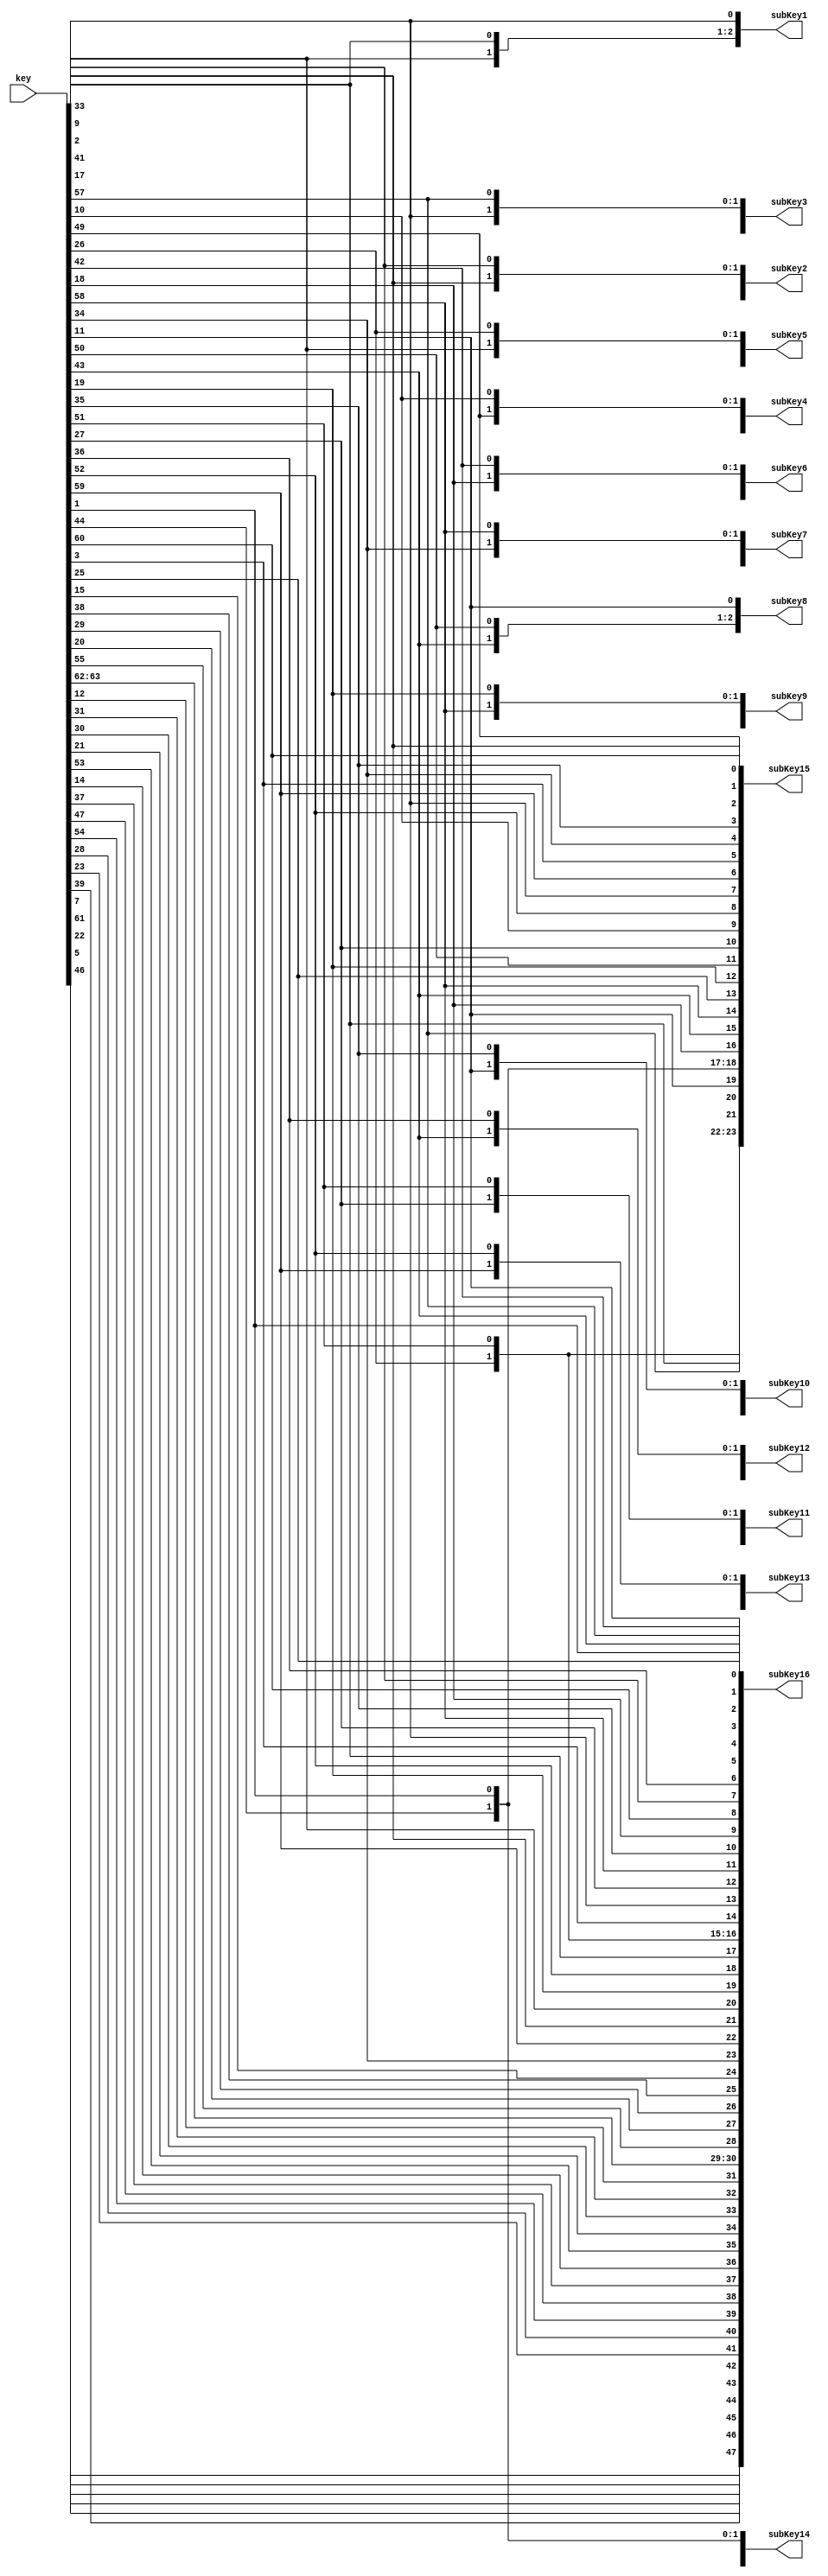
module keygen(	input [1:64] key,
				output [1:48] subKey1, subKey2, subKey3, subKey4,
							  subKey5, subKey6, subKey7, subKey8,
							  subKey9, subKey10, subKey11, subKey12,
							  subKey13, subKey14, subKey15, subKey16);
	
	wire [1:56] permKey;
	wire [1:56]	permKey1, permKey2, permKey3, permKey4,
				permKey5, permKey6, permKey7, permKey8,
				permKey9, permKey10, permKey11, permKey12,
				permKey13, permKey14, permKey15, permKey16;
				
	wire [1:28] permKeyLeft;
	wire [1:28]	permKeyLeft1, permKeyLeft2, permKeyLeft3, permKeyLeft4,
				permKeyLeft5, permKeyLeft6, permKeyLeft7, permKeyLeft8,
				permKeyLeft9, permKeyLeft10, permKeyLeft11, permKeyLeft12,
				permKeyLeft13, permKeyLeft14, permKeyLeft15, permKeyLeft16;
	
	wire [1:28] permKeyRight;
	wire [1:28]	permKeyRight1, permKeyRight2, permKeyRight3, permKeyRight4,
				permKeyRight5, permKeyRight6, permKeyRight7, permKeyRight8,
				permKeyRight9, permKeyRight10, permKeyRight11, permKeyRight12,
				permKeyRight13, permKeyRight14, permKeyRight15, permKeyRight16;
	
	// PC-1 for original permKey
	assign permKey[1] = key[57];
	assign permKey[2] = key[49];
	assign permKey[3] = key[41];
	assign permKey[4] = key[33];
	assign permKey[5] = key[25];
	assign permKey[6] = key[17];
	assign permKey[7] = key[9];
	assign permKey[8] = key[1];
	assign permKey[9] = key[58];
	assign permKey[10] = key[50];
	assign permKey[11] = key[42];
	assign permKey[12] = key[34];
	assign permKey[13] = key[26];
	assign permKey[14] = key[18];
	assign permKey[15] = key[10];
	assign permKey[16] = key[2];
	assign permKey[17] = key[59];
	assign permKey[18] = key[51];
	assign permKey[19] = key[43];
	assign permKey[20] = key[35];
	assign permKey[21] = key[27];
	assign permKey[22] = key[19];
	assign permKey[23] = key[11];
	assign permKey[24] = key[3];
	assign permKey[25] = key[60];
	assign permKey[26] = key[52];
	assign permKey[27] = key[44];
	assign permKey[28] = key[36];
	assign permKey[29] = key[63];
	assign permKey[30] = key[55];
	assign permKey[31] = key[47];
	assign permKey[32] = key[39];
	assign permKey[33] = key[31];
	assign permKey[34] = key[23];
	assign permKey[35] = key[15];
	assign permKey[36] = key[7];
	assign permKey[37] = key[62];
	assign permKey[38] = key[54];
	assign permKey[39] = key[46];
	assign permKey[40] = key[38];
	assign permKey[41] = key[30];
	assign permKey[42] = key[22];
	assign permKey[43] = key[14];
	assign permKey[44] = key[6];
	assign permKey[45] = key[61];
	assign permKey[46] = key[53];
	assign permKey[47] = key[45];
	assign permKey[48] = key[37];
	assign permKey[49] = key[29];
	assign permKey[50] = key[21];
	assign permKey[51] = key[13];
	assign permKey[52] = key[5];
	assign permKey[53] = key[28];
	assign permKey[54] = key[20];
	assign permKey[55] = key[12];
	assign permKey[56] = key[4];
	
	// Split permKey into two halves
	assign permKeyLeft = permKey[1:28];
	assign permKeyRight = permKey[29:56];
	
	// Shift left half based on iteration number
	assign permKeyLeft1 = {permKeyLeft[2:28], permKeyLeft[1]};
	assign permKeyLeft2 = {permKeyLeft1[2:28], permKeyLeft1[1]};
	assign permKeyLeft3 = {permKeyLeft2[3:28], permKeyLeft2[1:2]};
	assign permKeyLeft4 = {permKeyLeft3[3:28], permKeyLeft3[1:2]};
	assign permKeyLeft5 = {permKeyLeft4[3:28], permKeyLeft4[1:2]};
	assign permKeyLeft6 = {permKeyLeft5[3:28], permKeyLeft5[1:2]};
	assign permKeyLeft7 = {permKeyLeft6[3:28], permKeyLeft6[1:2]};
	assign permKeyLeft8 = {permKeyLeft7[3:28], permKeyLeft7[1:2]};
	assign permKeyLeft9 = {permKeyLeft8[2:28], permKeyLeft8[1]};
	assign permKeyLeft10 = {permKeyLeft9[3:28], permKeyLeft9[1:2]};
	assign permKeyLeft11 = {permKeyLeft10[3:28], permKeyLeft10[1:2]};
	assign permKeyLeft12 = {permKeyLeft11[3:28], permKeyLeft11[1:2]};
	assign permKeyLeft13 = {permKeyLeft12[3:28], permKeyLeft12[1:2]};
	assign permKeyLeft14 = {permKeyLeft13[3:28], permKeyLeft13[1:2]};
	assign permKeyLeft15 = {permKeyLeft14[3:28], permKeyLeft14[1:2]};
	assign permKeyLeft16 = {permKeyLeft15[2:28], permKeyLeft15[1]};
	
	// Shift right half based on iteration number
	assign permKeyRight1 = {permKeyRight[2:28], permKeyRight[1]};
	assign permKeyRight2 = {permKeyRight1[2:28], permKeyRight1[1]};
	assign permKeyRight3 = {permKeyRight2[3:28], permKeyRight2[1:2]};
	assign permKeyRight4 = {permKeyRight3[3:28], permKeyRight3[1:2]};
	assign permKeyRight5 = {permKeyRight4[3:28], permKeyRight4[1:2]};
	assign permKeyRight6 = {permKeyRight5[3:28], permKeyRight5[1:2]};
	assign permKeyRight7 = {permKeyRight6[3:28], permKeyRight6[1:2]};
	assign permKeyRight8 = {permKeyRight7[3:28], permKeyRight7[1:2]};
	assign permKeyRight9 = {permKeyRight8[2:28], permKeyRight8[1]};
	assign permKeyRight10 = {permKeyRight9[3:28], permKeyRight9[1:2]};
	assign permKeyRight11 = {permKeyRight10[3:28], permKeyRight10[1:2]};
	assign permKeyRight12 = {permKeyRight11[3:28], permKeyRight11[1:2]};
	assign permKeyRight13 = {permKeyRight12[3:28], permKeyRight12[1:2]};
	assign permKeyRight14 = {permKeyRight13[3:28], permKeyRight13[1:2]};
	assign permKeyRight15 = {permKeyRight14[3:28], permKeyRight14[1:2]};
	assign permKeyRight16 = {permKeyRight15[2:28], permKeyRight15[1]};
	
	// Merge permKey halves
	assign permKey1 = {permKeyLeft1, permKeyRight1};
	assign permKey2 = {permKeyLeft2, permKeyRight2};
	assign permKey3 = {permKeyLeft3, permKeyRight3};
	assign permKey4 = {permKeyLeft4, permKeyRight4};
	assign permKey5 = {permKeyLeft5, permKeyRight5};
	assign permKey6 = {permKeyLeft6, permKeyRight6};
	assign permKey7 = {permKeyLeft7, permKeyRight7};
	assign permKey8 = {permKeyLeft8, permKeyRight8};
	assign permKey9 = {permKeyLeft9, permKeyRight9};
	assign permKey10 = {permKeyLeft10, permKeyRight10};
	assign permKey11 = {permKeyLeft11, permKeyRight11};
	assign permKey12 = {permKeyLeft12, permKeyRight12};
	assign permKey13 = {permKeyLeft13, permKeyRight13};
	assign permKey14 = {permKeyLeft14, permKeyRight14};
	assign permKey15 = {permKeyLeft15, permKeyRight15};
	assign permKey16 = {permKeyLeft16, permKeyRight16};
	
	// PC-2 for subKey1
	assign subKey1[1] = permKey1[14];
	assign subKey1[2] = permKey1[17];
	assign subKey1[3] = permKey1[11];
	assign subKey1[4] = permKey1[24];
	assign subKey1[5] = permKey1[1];
	assign subKey1[6] = permKey1[5];
	assign subKey1[7] = permKey1[3];
	assign subKey1[8] = permKey1[28];
	assign subKey1[9] = permKey1[15];
	assign subKey1[10] = permKey1[6];
	assign subKey1[11] = permKey1[21];
	assign subKey1[12] = permKey1[10];
	assign subKey1[13] = permKey1[23];
	assign subKey1[14] = permKey1[19];
	assign subKey1[15] = permKey1[12];
	assign subKey1[16] = permKey1[4];
	assign subKey1[17] = permKey1[26];
	assign subKey1[18] = permKey1[8];
	assign subKey1[19] = permKey1[16];
	assign subKey1[20] = permKey1[7];
	assign subKey1[21] = permKey1[27];
	assign subKey1[22] = permKey1[20];
	assign subKey1[23] = permKey1[13];
	assign subKey1[24] = permKey1[2];
	assign subKey1[25] = permKey1[41];
	assign subKey1[26] = permKey1[52];
	assign subKey1[27] = permKey1[31];
	assign subKey1[28] = permKey1[37];
	assign subKey1[29] = permKey1[47];
	assign subKey1[30] = permKey1[55];
	assign subKey1[31] = permKey1[30];
	assign subKey1[32] = permKey1[40];
	assign subKey1[33] = permKey1[51];
	assign subKey1[34] = permKey1[45];
	assign subKey1[35] = permKey1[33];
	assign subKey1[36] = permKey1[48];
	assign subKey1[37] = permKey1[44];
	assign subKey1[38] = permKey1[49];
	assign subKey1[39] = permKey1[39];
	assign subKey1[40] = permKey1[56];
	assign subKey1[41] = permKey1[34];
	assign subKey1[42] = permKey1[53];
	assign subKey1[43] = permKey1[46];
	assign subKey1[44] = permKey1[42];
	assign subKey1[45] = permKey1[50];
	assign subKey1[46] = permKey1[36];
	assign subKey1[47] = permKey1[29];
	assign subKey1[48] = permKey1[32];
	
	// PC-2 for subKey2
	assign subKey2[1] = permKey2[14];
	assign subKey2[2] = permKey2[17];
	assign subKey2[3] = permKey2[11];
	assign subKey2[4] = permKey2[24];
	assign subKey2[5] = permKey2[1];
	assign subKey2[6] = permKey2[5];
	assign subKey2[7] = permKey2[3];
	assign subKey2[8] = permKey2[28];
	assign subKey2[9] = permKey2[15];
	assign subKey2[10] = permKey2[6];
	assign subKey2[11] = permKey2[21];
	assign subKey2[12] = permKey2[10];
	assign subKey2[13] = permKey2[23];
	assign subKey2[14] = permKey2[19];
	assign subKey2[15] = permKey2[12];
	assign subKey2[16] = permKey2[4];
	assign subKey2[17] = permKey2[26];
	assign subKey2[18] = permKey2[8];
	assign subKey2[19] = permKey2[16];
	assign subKey2[20] = permKey2[7];
	assign subKey2[21] = permKey2[27];
	assign subKey2[22] = permKey2[20];
	assign subKey2[23] = permKey2[13];
	assign subKey2[24] = permKey2[2];
	assign subKey2[25] = permKey2[41];
	assign subKey2[26] = permKey2[52];
	assign subKey2[27] = permKey2[31];
	assign subKey2[28] = permKey2[37];
	assign subKey2[29] = permKey2[47];
	assign subKey2[30] = permKey2[55];
	assign subKey2[31] = permKey2[30];
	assign subKey2[32] = permKey2[40];
	assign subKey2[33] = permKey2[51];
	assign subKey2[34] = permKey2[45];
	assign subKey2[35] = permKey2[33];
	assign subKey2[36] = permKey2[48];
	assign subKey2[37] = permKey2[44];
	assign subKey2[38] = permKey2[49];
	assign subKey2[39] = permKey2[39];
	assign subKey2[40] = permKey2[56];
	assign subKey2[41] = permKey2[34];
	assign subKey2[42] = permKey2[53];
	assign subKey2[43] = permKey2[46];
	assign subKey2[44] = permKey2[42];
	assign subKey2[45] = permKey2[50];
	assign subKey2[46] = permKey2[36];
	assign subKey2[47] = permKey2[29];
	assign subKey2[48] = permKey2[32];

	// PC-2 for subKey3
	assign subKey3[1] = permKey3[14];
	assign subKey3[2] = permKey3[17];
	assign subKey3[3] = permKey3[11];
	assign subKey3[4] = permKey3[24];
	assign subKey3[5] = permKey3[1];
	assign subKey3[6] = permKey3[5];
	assign subKey3[7] = permKey3[3];
	assign subKey3[8] = permKey3[28];
	assign subKey3[9] = permKey3[15];
	assign subKey3[10] = permKey3[6];
	assign subKey3[11] = permKey3[21];
	assign subKey3[12] = permKey3[10];
	assign subKey3[13] = permKey3[23];
	assign subKey3[14] = permKey3[19];
	assign subKey3[15] = permKey3[12];
	assign subKey3[16] = permKey3[4];
	assign subKey3[17] = permKey3[26];
	assign subKey3[18] = permKey3[8];
	assign subKey3[19] = permKey3[16];
	assign subKey3[20] = permKey3[7];
	assign subKey3[21] = permKey3[27];
	assign subKey3[22] = permKey3[20];
	assign subKey3[23] = permKey3[13];
	assign subKey3[24] = permKey3[2];
	assign subKey3[25] = permKey3[41];
	assign subKey3[26] = permKey3[52];
	assign subKey3[27] = permKey3[31];
	assign subKey3[28] = permKey3[37];
	assign subKey3[29] = permKey3[47];
	assign subKey3[30] = permKey3[55];
	assign subKey3[31] = permKey3[30];
	assign subKey3[32] = permKey3[40];
	assign subKey3[33] = permKey3[51];
	assign subKey3[34] = permKey3[45];
	assign subKey3[35] = permKey3[33];
	assign subKey3[36] = permKey3[48];
	assign subKey3[37] = permKey3[44];
	assign subKey3[38] = permKey3[49];
	assign subKey3[39] = permKey3[39];
	assign subKey3[40] = permKey3[56];
	assign subKey3[41] = permKey3[34];
	assign subKey3[42] = permKey3[53];
	assign subKey3[43] = permKey3[46];
	assign subKey3[44] = permKey3[42];
	assign subKey3[45] = permKey3[50];
	assign subKey3[46] = permKey3[36];
	assign subKey3[47] = permKey3[29];
	assign subKey3[48] = permKey3[32];

	// PC-2 for subKey4
	assign subKey4[1] = permKey4[14];
	assign subKey4[2] = permKey4[17];
	assign subKey4[3] = permKey4[11];
	assign subKey4[4] = permKey4[24];
	assign subKey4[5] = permKey4[1];
	assign subKey4[6] = permKey4[5];
	assign subKey4[7] = permKey4[3];
	assign subKey4[8] = permKey4[28];
	assign subKey4[9] = permKey4[15];
	assign subKey4[10] = permKey4[6];
	assign subKey4[11] = permKey4[21];
	assign subKey4[12] = permKey4[10];
	assign subKey4[13] = permKey4[23];
	assign subKey4[14] = permKey4[19];
	assign subKey4[15] = permKey4[12];
	assign subKey4[16] = permKey4[4];
	assign subKey4[17] = permKey4[26];
	assign subKey4[18] = permKey4[8];
	assign subKey4[19] = permKey4[16];
	assign subKey4[20] = permKey4[7];
	assign subKey4[21] = permKey4[27];
	assign subKey4[22] = permKey4[20];
	assign subKey4[23] = permKey4[13];
	assign subKey4[24] = permKey4[2];
	assign subKey4[25] = permKey4[41];
	assign subKey4[26] = permKey4[52];
	assign subKey4[27] = permKey4[31];
	assign subKey4[28] = permKey4[37];
	assign subKey4[29] = permKey4[47];
	assign subKey4[30] = permKey4[55];
	assign subKey4[31] = permKey4[30];
	assign subKey4[32] = permKey4[40];
	assign subKey4[33] = permKey4[51];
	assign subKey4[34] = permKey4[45];
	assign subKey4[35] = permKey4[33];
	assign subKey4[36] = permKey4[48];
	assign subKey4[37] = permKey4[44];
	assign subKey4[38] = permKey4[49];
	assign subKey4[39] = permKey4[39];
	assign subKey4[40] = permKey4[56];
	assign subKey4[41] = permKey4[34];
	assign subKey4[42] = permKey4[53];
	assign subKey4[43] = permKey4[46];
	assign subKey4[44] = permKey4[42];
	assign subKey4[45] = permKey4[50];
	assign subKey4[46] = permKey4[36];
	assign subKey4[47] = permKey4[29];
	assign subKey4[48] = permKey4[32];
	
	// PC-2 for subKey5
	assign subKey5[1] = permKey5[14];
	assign subKey5[2] = permKey5[17];
	assign subKey5[3] = permKey5[11];
	assign subKey5[4] = permKey5[24];
	assign subKey5[5] = permKey5[1];
	assign subKey5[6] = permKey5[5];
	assign subKey5[7] = permKey5[3];
	assign subKey5[8] = permKey5[28];
	assign subKey5[9] = permKey5[15];
	assign subKey5[10] = permKey5[6];
	assign subKey5[11] = permKey5[21];
	assign subKey5[12] = permKey5[10];
	assign subKey5[13] = permKey5[23];
	assign subKey5[14] = permKey5[19];
	assign subKey5[15] = permKey5[12];
	assign subKey5[16] = permKey5[4];
	assign subKey5[17] = permKey5[26];
	assign subKey5[18] = permKey5[8];
	assign subKey5[19] = permKey5[16];
	assign subKey5[20] = permKey5[7];
	assign subKey5[21] = permKey5[27];
	assign subKey5[22] = permKey5[20];
	assign subKey5[23] = permKey5[13];
	assign subKey5[24] = permKey5[2];
	assign subKey5[25] = permKey5[41];
	assign subKey5[26] = permKey5[52];
	assign subKey5[27] = permKey5[31];
	assign subKey5[28] = permKey5[37];
	assign subKey5[29] = permKey5[47];
	assign subKey5[30] = permKey5[55];
	assign subKey5[31] = permKey5[30];
	assign subKey5[32] = permKey5[40];
	assign subKey5[33] = permKey5[51];
	assign subKey5[34] = permKey5[45];
	assign subKey5[35] = permKey5[33];
	assign subKey5[36] = permKey5[48];
	assign subKey5[37] = permKey5[44];
	assign subKey5[38] = permKey5[49];
	assign subKey5[39] = permKey5[39];
	assign subKey5[40] = permKey5[56];
	assign subKey5[41] = permKey5[34];
	assign subKey5[42] = permKey5[53];
	assign subKey5[43] = permKey5[46];
	assign subKey5[44] = permKey5[42];
	assign subKey5[45] = permKey5[50];
	assign subKey5[46] = permKey5[36];
	assign subKey5[47] = permKey5[29];
	assign subKey5[48] = permKey5[32];
	
	// PC-2 for subKey6
	assign subKey6[1] = permKey6[14];
	assign subKey6[2] = permKey6[17];
	assign subKey6[3] = permKey6[11];
	assign subKey6[4] = permKey6[24];
	assign subKey6[5] = permKey6[1];
	assign subKey6[6] = permKey6[5];
	assign subKey6[7] = permKey6[3];
	assign subKey6[8] = permKey6[28];
	assign subKey6[9] = permKey6[15];
	assign subKey6[10] = permKey6[6];
	assign subKey6[11] = permKey6[21];
	assign subKey6[12] = permKey6[10];
	assign subKey6[13] = permKey6[23];
	assign subKey6[14] = permKey6[19];
	assign subKey6[15] = permKey6[12];
	assign subKey6[16] = permKey6[4];
	assign subKey6[17] = permKey6[26];
	assign subKey6[18] = permKey6[8];
	assign subKey6[19] = permKey6[16];
	assign subKey6[20] = permKey6[7];
	assign subKey6[21] = permKey6[27];
	assign subKey6[22] = permKey6[20];
	assign subKey6[23] = permKey6[13];
	assign subKey6[24] = permKey6[2];
	assign subKey6[25] = permKey6[41];
	assign subKey6[26] = permKey6[52];
	assign subKey6[27] = permKey6[31];
	assign subKey6[28] = permKey6[37];
	assign subKey6[29] = permKey6[47];
	assign subKey6[30] = permKey6[55];
	assign subKey6[31] = permKey6[30];
	assign subKey6[32] = permKey6[40];
	assign subKey6[33] = permKey6[51];
	assign subKey6[34] = permKey6[45];
	assign subKey6[35] = permKey6[33];
	assign subKey6[36] = permKey6[48];
	assign subKey6[37] = permKey6[44];
	assign subKey6[38] = permKey6[49];
	assign subKey6[39] = permKey6[39];
	assign subKey6[40] = permKey6[56];
	assign subKey6[41] = permKey6[34];
	assign subKey6[42] = permKey6[53];
	assign subKey6[43] = permKey6[46];
	assign subKey6[44] = permKey6[42];
	assign subKey6[45] = permKey6[50];
	assign subKey6[46] = permKey6[36];
	assign subKey6[47] = permKey6[29];
	assign subKey6[48] = permKey6[32];
	
	// PC-2 for subKey7
	assign subKey7[1] = permKey7[14];
	assign subKey7[2] = permKey7[17];
	assign subKey7[3] = permKey7[11];
	assign subKey7[4] = permKey7[24];
	assign subKey7[5] = permKey7[1];
	assign subKey7[6] = permKey7[5];
	assign subKey7[7] = permKey7[3];
	assign subKey7[8] = permKey7[28];
	assign subKey7[9] = permKey7[15];
	assign subKey7[10] = permKey7[6];
	assign subKey7[11] = permKey7[21];
	assign subKey7[12] = permKey7[10];
	assign subKey7[13] = permKey7[23];
	assign subKey7[14] = permKey7[19];
	assign subKey7[15] = permKey7[12];
	assign subKey7[16] = permKey7[4];
	assign subKey7[17] = permKey7[26];
	assign subKey7[18] = permKey7[8];
	assign subKey7[19] = permKey7[16];
	assign subKey7[20] = permKey7[7];
	assign subKey7[21] = permKey7[27];
	assign subKey7[22] = permKey7[20];
	assign subKey7[23] = permKey7[13];
	assign subKey7[24] = permKey7[2];
	assign subKey7[25] = permKey7[41];
	assign subKey7[26] = permKey7[52];
	assign subKey7[27] = permKey7[31];
	assign subKey7[28] = permKey7[37];
	assign subKey7[29] = permKey7[47];
	assign subKey7[30] = permKey7[55];
	assign subKey7[31] = permKey7[30];
	assign subKey7[32] = permKey7[40];
	assign subKey7[33] = permKey7[51];
	assign subKey7[34] = permKey7[45];
	assign subKey7[35] = permKey7[33];
	assign subKey7[36] = permKey7[48];
	assign subKey7[37] = permKey7[44];
	assign subKey7[38] = permKey7[49];
	assign subKey7[39] = permKey7[39];
	assign subKey7[40] = permKey7[56];
	assign subKey7[41] = permKey7[34];
	assign subKey7[42] = permKey7[53];
	assign subKey7[43] = permKey7[46];
	assign subKey7[44] = permKey7[42];
	assign subKey7[45] = permKey7[50];
	assign subKey7[46] = permKey7[36];
	assign subKey7[47] = permKey7[29];
	assign subKey7[48] = permKey7[32];
	
	// PC-2 for subKey8
	assign subKey8[1] = permKey8[14];
	assign subKey8[2] = permKey8[17];
	assign subKey8[3] = permKey8[11];
	assign subKey8[4] = permKey8[24];
	assign subKey8[5] = permKey8[1];
	assign subKey8[6] = permKey8[5];
	assign subKey8[7] = permKey8[3];
	assign subKey8[8] = permKey8[28];
	assign subKey8[9] = permKey8[15];
	assign subKey8[10] = permKey8[6];
	assign subKey8[11] = permKey8[21];
	assign subKey8[12] = permKey8[10];
	assign subKey8[13] = permKey8[23];
	assign subKey8[14] = permKey8[19];
	assign subKey8[15] = permKey8[12];
	assign subKey8[16] = permKey8[4];
	assign subKey8[17] = permKey8[26];
	assign subKey8[18] = permKey8[8];
	assign subKey8[19] = permKey8[16];
	assign subKey8[20] = permKey8[7];
	assign subKey8[21] = permKey8[27];
	assign subKey8[22] = permKey8[20];
	assign subKey8[23] = permKey8[13];
	assign subKey8[24] = permKey8[2];
	assign subKey8[25] = permKey8[41];
	assign subKey8[26] = permKey8[52];
	assign subKey8[27] = permKey8[31];
	assign subKey8[28] = permKey8[37];
	assign subKey8[29] = permKey8[47];
	assign subKey8[30] = permKey8[55];
	assign subKey8[31] = permKey8[30];
	assign subKey8[32] = permKey8[40];
	assign subKey8[33] = permKey8[51];
	assign subKey8[34] = permKey8[45];
	assign subKey8[35] = permKey8[33];
	assign subKey8[36] = permKey8[48];
	assign subKey8[37] = permKey8[44];
	assign subKey8[38] = permKey8[49];
	assign subKey8[39] = permKey8[39];
	assign subKey8[40] = permKey8[56];
	assign subKey8[41] = permKey8[34];
	assign subKey8[42] = permKey8[53];
	assign subKey8[43] = permKey8[46];
	assign subKey8[44] = permKey8[42];
	assign subKey8[45] = permKey8[50];
	assign subKey8[46] = permKey8[36];
	assign subKey8[47] = permKey8[29];
	assign subKey8[48] = permKey8[32];
	
	// PC-2 for subKey9
	assign subKey9[1] = permKey9[14];
	assign subKey9[2] = permKey9[17];
	assign subKey9[3] = permKey9[11];
	assign subKey9[4] = permKey9[24];
	assign subKey9[5] = permKey9[1];
	assign subKey9[6] = permKey9[5];
	assign subKey9[7] = permKey9[3];
	assign subKey9[8] = permKey9[28];
	assign subKey9[9] = permKey9[15];
	assign subKey9[10] = permKey9[6];
	assign subKey9[11] = permKey9[21];
	assign subKey9[12] = permKey9[10];
	assign subKey9[13] = permKey9[23];
	assign subKey9[14] = permKey9[19];
	assign subKey9[15] = permKey9[12];
	assign subKey9[16] = permKey9[4];
	assign subKey9[17] = permKey9[26];
	assign subKey9[18] = permKey9[8];
	assign subKey9[19] = permKey9[16];
	assign subKey9[20] = permKey9[7];
	assign subKey9[21] = permKey9[27];
	assign subKey9[22] = permKey9[20];
	assign subKey9[23] = permKey9[13];
	assign subKey9[24] = permKey9[2];
	assign subKey9[25] = permKey9[41];
	assign subKey9[26] = permKey9[52];
	assign subKey9[27] = permKey9[31];
	assign subKey9[28] = permKey9[37];
	assign subKey9[29] = permKey9[47];
	assign subKey9[30] = permKey9[55];
	assign subKey9[31] = permKey9[30];
	assign subKey9[32] = permKey9[40];
	assign subKey9[33] = permKey9[51];
	assign subKey9[34] = permKey9[45];
	assign subKey9[35] = permKey9[33];
	assign subKey9[36] = permKey9[48];
	assign subKey9[37] = permKey9[44];
	assign subKey9[38] = permKey9[49];
	assign subKey9[39] = permKey9[39];
	assign subKey9[40] = permKey9[56];
	assign subKey9[41] = permKey9[34];
	assign subKey9[42] = permKey9[53];
	assign subKey9[43] = permKey9[46];
	assign subKey9[44] = permKey9[42];
	assign subKey9[45] = permKey9[50];
	assign subKey9[46] = permKey9[36];
	assign subKey9[47] = permKey9[29];
	assign subKey9[48] = permKey9[32];
	
	// PC-2 for subKey10
	assign subKey10[1] = permKey10[14];
	assign subKey10[2] = permKey10[17];
	assign subKey10[3] = permKey10[11];
	assign subKey10[4] = permKey10[24];
	assign subKey10[5] = permKey10[1];
	assign subKey10[6] = permKey10[5];
	assign subKey10[7] = permKey10[3];
	assign subKey10[8] = permKey10[28];
	assign subKey10[9] = permKey10[15];
	assign subKey10[10] = permKey10[6];
	assign subKey10[11] = permKey10[21];
	assign subKey10[12] = permKey10[10];
	assign subKey10[13] = permKey10[23];
	assign subKey10[14] = permKey10[19];
	assign subKey10[15] = permKey10[12];
	assign subKey10[16] = permKey10[4];
	assign subKey10[17] = permKey10[26];
	assign subKey10[18] = permKey10[8];
	assign subKey10[19] = permKey10[16];
	assign subKey10[20] = permKey10[7];
	assign subKey10[21] = permKey10[27];
	assign subKey10[22] = permKey10[20];
	assign subKey10[23] = permKey10[13];
	assign subKey10[24] = permKey10[2];
	assign subKey10[25] = permKey10[41];
	assign subKey10[26] = permKey10[52];
	assign subKey10[27] = permKey10[31];
	assign subKey10[28] = permKey10[37];
	assign subKey10[29] = permKey10[47];
	assign subKey10[30] = permKey10[55];
	assign subKey10[31] = permKey10[30];
	assign subKey10[32] = permKey10[40];
	assign subKey10[33] = permKey10[51];
	assign subKey10[34] = permKey10[45];
	assign subKey10[35] = permKey10[33];
	assign subKey10[36] = permKey10[48];
	assign subKey10[37] = permKey10[44];
	assign subKey10[38] = permKey10[49];
	assign subKey10[39] = permKey10[39];
	assign subKey10[40] = permKey10[56];
	assign subKey10[41] = permKey10[34];
	assign subKey10[42] = permKey10[53];
	assign subKey10[43] = permKey10[46];
	assign subKey10[44] = permKey10[42];
	assign subKey10[45] = permKey10[50];
	assign subKey10[46] = permKey10[36];
	assign subKey10[47] = permKey10[29];
	assign subKey10[48] = permKey10[32];
	
	// PC-2 for subKey11
	assign subKey11[1] = permKey11[14];
	assign subKey11[2] = permKey11[17];
	assign subKey11[3] = permKey11[11];
	assign subKey11[4] = permKey11[24];
	assign subKey11[5] = permKey11[1];
	assign subKey11[6] = permKey11[5];
	assign subKey11[7] = permKey11[3];
	assign subKey11[8] = permKey11[28];
	assign subKey11[9] = permKey11[15];
	assign subKey11[10] = permKey11[6];
	assign subKey11[11] = permKey11[21];
	assign subKey11[12] = permKey11[10];
	assign subKey11[13] = permKey11[23];
	assign subKey11[14] = permKey11[19];
	assign subKey11[15] = permKey11[12];
	assign subKey11[16] = permKey11[4];
	assign subKey11[17] = permKey11[26];
	assign subKey11[18] = permKey11[8];
	assign subKey11[19] = permKey11[16];
	assign subKey11[20] = permKey11[7];
	assign subKey11[21] = permKey11[27];
	assign subKey11[22] = permKey11[20];
	assign subKey11[23] = permKey11[13];
	assign subKey11[24] = permKey11[2];
	assign subKey11[25] = permKey11[41];
	assign subKey11[26] = permKey11[52];
	assign subKey11[27] = permKey11[31];
	assign subKey11[28] = permKey11[37];
	assign subKey11[29] = permKey11[47];
	assign subKey11[30] = permKey11[55];
	assign subKey11[31] = permKey11[30];
	assign subKey11[32] = permKey11[40];
	assign subKey11[33] = permKey11[51];
	assign subKey11[34] = permKey11[45];
	assign subKey11[35] = permKey11[33];
	assign subKey11[36] = permKey11[48];
	assign subKey11[37] = permKey11[44];
	assign subKey11[38] = permKey11[49];
	assign subKey11[39] = permKey11[39];
	assign subKey11[40] = permKey11[56];
	assign subKey11[41] = permKey11[34];
	assign subKey11[42] = permKey11[53];
	assign subKey11[43] = permKey11[46];
	assign subKey11[44] = permKey11[42];
	assign subKey11[45] = permKey11[50];
	assign subKey11[46] = permKey11[36];
	assign subKey11[47] = permKey11[29];
	assign subKey11[48] = permKey11[32];
	
	// PC-2 for subKey12
	assign subKey12[1] = permKey12[14];
	assign subKey12[2] = permKey12[17];
	assign subKey12[3] = permKey12[11];
	assign subKey12[4] = permKey12[24];
	assign subKey12[5] = permKey12[1];
	assign subKey12[6] = permKey12[5];
	assign subKey12[7] = permKey12[3];
	assign subKey12[8] = permKey12[28];
	assign subKey12[9] = permKey12[15];
	assign subKey12[10] = permKey12[6];
	assign subKey12[11] = permKey12[21];
	assign subKey12[12] = permKey12[10];
	assign subKey12[13] = permKey12[23];
	assign subKey12[14] = permKey12[19];
	assign subKey12[15] = permKey12[12];
	assign subKey12[16] = permKey12[4];
	assign subKey12[17] = permKey12[26];
	assign subKey12[18] = permKey12[8];
	assign subKey12[19] = permKey12[16];
	assign subKey12[20] = permKey12[7];
	assign subKey12[21] = permKey12[27];
	assign subKey12[22] = permKey12[20];
	assign subKey12[23] = permKey12[13];
	assign subKey12[24] = permKey12[2];
	assign subKey12[25] = permKey12[41];
	assign subKey12[26] = permKey12[52];
	assign subKey12[27] = permKey12[31];
	assign subKey12[28] = permKey12[37];
	assign subKey12[29] = permKey12[47];
	assign subKey12[30] = permKey12[55];
	assign subKey12[31] = permKey12[30];
	assign subKey12[32] = permKey12[40];
	assign subKey12[33] = permKey12[51];
	assign subKey12[34] = permKey12[45];
	assign subKey12[35] = permKey12[33];
	assign subKey12[36] = permKey12[48];
	assign subKey12[37] = permKey12[44];
	assign subKey12[38] = permKey12[49];
	assign subKey12[39] = permKey12[39];
	assign subKey12[40] = permKey12[56];
	assign subKey12[41] = permKey12[34];
	assign subKey12[42] = permKey12[53];
	assign subKey12[43] = permKey12[46];
	assign subKey12[44] = permKey12[42];
	assign subKey12[45] = permKey12[50];
	assign subKey12[46] = permKey12[36];
	assign subKey12[47] = permKey12[29];
	assign subKey12[48] = permKey12[32];
	
	// PC-2 for subKey13
	assign subKey13[1] = permKey13[14];
	assign subKey13[2] = permKey13[17];
	assign subKey13[3] = permKey13[11];
	assign subKey13[4] = permKey13[24];
	assign subKey13[5] = permKey13[1];
	assign subKey13[6] = permKey13[5];
	assign subKey13[7] = permKey13[3];
	assign subKey13[8] = permKey13[28];
	assign subKey13[9] = permKey13[15];
	assign subKey13[10] = permKey13[6];
	assign subKey13[11] = permKey13[21];
	assign subKey13[12] = permKey13[10];
	assign subKey13[13] = permKey13[23];
	assign subKey13[14] = permKey13[19];
	assign subKey13[15] = permKey13[12];
	assign subKey13[16] = permKey13[4];
	assign subKey13[17] = permKey13[26];
	assign subKey13[18] = permKey13[8];
	assign subKey13[19] = permKey13[16];
	assign subKey13[20] = permKey13[7];
	assign subKey13[21] = permKey13[27];
	assign subKey13[22] = permKey13[20];
	assign subKey13[23] = permKey13[13];
	assign subKey13[24] = permKey13[2];
	assign subKey13[25] = permKey13[41];
	assign subKey13[26] = permKey13[52];
	assign subKey13[27] = permKey13[31];
	assign subKey13[28] = permKey13[37];
	assign subKey13[29] = permKey13[47];
	assign subKey13[30] = permKey13[55];
	assign subKey13[31] = permKey13[30];
	assign subKey13[32] = permKey13[40];
	assign subKey13[33] = permKey13[51];
	assign subKey13[34] = permKey13[45];
	assign subKey13[35] = permKey13[33];
	assign subKey13[36] = permKey13[48];
	assign subKey13[37] = permKey13[44];
	assign subKey13[38] = permKey13[49];
	assign subKey13[39] = permKey13[39];
	assign subKey13[40] = permKey13[56];
	assign subKey13[41] = permKey13[34];
	assign subKey13[42] = permKey13[53];
	assign subKey13[43] = permKey13[46];
	assign subKey13[44] = permKey13[42];
	assign subKey13[45] = permKey13[50];
	assign subKey13[46] = permKey13[36];
	assign subKey13[47] = permKey13[29];
	assign subKey13[48] = permKey13[32];
	
	// PC-2 for subKey14
	assign subKey14[1] = permKey14[14];
	assign subKey14[2] = permKey14[17];
	assign subKey14[3] = permKey14[11];
	assign subKey14[4] = permKey14[24];
	assign subKey14[5] = permKey14[1];
	assign subKey14[6] = permKey14[5];
	assign subKey14[7] = permKey14[3];
	assign subKey14[8] = permKey14[28];
	assign subKey14[9] = permKey14[15];
	assign subKey14[10] = permKey14[6];
	assign subKey14[11] = permKey14[21];
	assign subKey14[12] = permKey14[10];
	assign subKey14[13] = permKey14[23];
	assign subKey14[14] = permKey14[19];
	assign subKey14[15] = permKey14[12];
	assign subKey14[16] = permKey14[4];
	assign subKey14[17] = permKey14[26];
	assign subKey14[18] = permKey14[8];
	assign subKey14[19] = permKey14[16];
	assign subKey14[20] = permKey14[7];
	assign subKey14[21] = permKey14[27];
	assign subKey14[22] = permKey14[20];
	assign subKey14[23] = permKey14[13];
	assign subKey14[24] = permKey14[2];
	assign subKey14[25] = permKey14[41];
	assign subKey14[26] = permKey14[52];
	assign subKey14[27] = permKey14[31];
	assign subKey14[28] = permKey14[37];
	assign subKey14[29] = permKey14[47];
	assign subKey14[30] = permKey14[55];
	assign subKey14[31] = permKey14[30];
	assign subKey14[32] = permKey14[40];
	assign subKey14[33] = permKey14[51];
	assign subKey14[34] = permKey14[45];
	assign subKey14[35] = permKey14[33];
	assign subKey14[36] = permKey14[48];
	assign subKey14[37] = permKey14[44];
	assign subKey14[38] = permKey14[49];
	assign subKey14[39] = permKey14[39];
	assign subKey14[40] = permKey14[56];
	assign subKey14[41] = permKey14[34];
	assign subKey14[42] = permKey14[53];
	assign subKey14[43] = permKey14[46];
	assign subKey14[44] = permKey14[42];
	assign subKey14[45] = permKey14[50];
	assign subKey14[46] = permKey14[36];
	assign subKey14[47] = permKey14[29];
	assign subKey14[48] = permKey14[32];
	
	// PC-2 for subKey15
	assign subKey15[1] = permKey15[14];
	assign subKey15[2] = permKey15[17];
	assign subKey15[3] = permKey15[11];
	assign subKey15[4] = permKey15[24];
	assign subKey15[5] = permKey15[1];
	assign subKey15[6] = permKey15[5];
	assign subKey15[7] = permKey15[3];
	assign subKey15[8] = permKey15[28];
	assign subKey15[9] = permKey15[15];
	assign subKey15[10] = permKey15[6];
	assign subKey15[11] = permKey15[21];
	assign subKey15[12] = permKey15[10];
	assign subKey15[13] = permKey15[23];
	assign subKey15[14] = permKey15[19];
	assign subKey15[15] = permKey15[12];
	assign subKey15[16] = permKey15[4];
	assign subKey15[17] = permKey15[26];
	assign subKey15[18] = permKey15[8];
	assign subKey15[19] = permKey15[16];
	assign subKey15[20] = permKey15[7];
	assign subKey15[21] = permKey15[27];
	assign subKey15[22] = permKey15[20];
	assign subKey15[23] = permKey15[13];
	assign subKey15[24] = permKey15[2];
	assign subKey15[25] = permKey15[41];
	assign subKey15[26] = permKey15[52];
	assign subKey15[27] = permKey15[31];
	assign subKey15[28] = permKey15[37];
	assign subKey15[29] = permKey15[47];
	assign subKey15[30] = permKey15[55];
	assign subKey15[31] = permKey15[30];
	assign subKey15[32] = permKey15[40];
	assign subKey15[33] = permKey15[51];
	assign subKey15[34] = permKey15[45];
	assign subKey15[35] = permKey15[33];
	assign subKey15[36] = permKey15[48];
	assign subKey15[37] = permKey15[44];
	assign subKey15[38] = permKey15[49];
	assign subKey15[39] = permKey15[39];
	assign subKey15[40] = permKey15[56];
	assign subKey15[41] = permKey15[34];
	assign subKey15[42] = permKey15[53];
	assign subKey15[43] = permKey15[46];
	assign subKey15[44] = permKey15[42];
	assign subKey15[45] = permKey15[50];
	assign subKey15[46] = permKey15[36];
	assign subKey15[47] = permKey15[29];
	assign subKey15[48] = permKey15[32];
	
	// PC-2 for subKey16
	assign subKey16[1] = permKey16[14];
	assign subKey16[2] = permKey16[17];
	assign subKey16[3] = permKey16[11];
	assign subKey16[4] = permKey16[24];
	assign subKey16[5] = permKey16[1];
	assign subKey16[6] = permKey16[5];
	assign subKey16[7] = permKey16[3];
	assign subKey16[8] = permKey16[28];
	assign subKey16[9] = permKey16[15];
	assign subKey16[10] = permKey16[6];
	assign subKey16[11] = permKey16[21];
	assign subKey16[12] = permKey16[10];
	assign subKey16[13] = permKey16[23];
	assign subKey16[14] = permKey16[19];
	assign subKey16[15] = permKey16[12];
	assign subKey16[16] = permKey16[4];
	assign subKey16[17] = permKey16[26];
	assign subKey16[18] = permKey16[8];
	assign subKey16[19] = permKey16[16];
	assign subKey16[20] = permKey16[7];
	assign subKey16[21] = permKey16[27];
	assign subKey16[22] = permKey16[20];
	assign subKey16[23] = permKey16[13];
	assign subKey16[24] = permKey16[2];
	assign subKey16[25] = permKey16[41];
	assign subKey16[26] = permKey16[52];
	assign subKey16[27] = permKey16[31];
	assign subKey16[28] = permKey16[37];
	assign subKey16[29] = permKey16[47];
	assign subKey16[30] = permKey16[55];
	assign subKey16[31] = permKey16[30];
	assign subKey16[32] = permKey16[40];
	assign subKey16[33] = permKey16[51];
	assign subKey16[34] = permKey16[45];
	assign subKey16[35] = permKey16[33];
	assign subKey16[36] = permKey16[48];
	assign subKey16[37] = permKey16[44];
	assign subKey16[38] = permKey16[49];
	assign subKey16[39] = permKey16[39];
	assign subKey16[40] = permKey16[56];
	assign subKey16[41] = permKey16[34];
	assign subKey16[42] = permKey16[53];
	assign subKey16[43] = permKey16[46];
	assign subKey16[44] = permKey16[42];
	assign subKey16[45] = permKey16[50];
	assign subKey16[46] = permKey16[36];
	assign subKey16[47] = permKey16[29];
	assign subKey16[48] = permKey16[32];
	
endmodule

module round(	input [1:32] dataLeft, dataRight,
				input [1:48] subKey,
				output [1:32] newDataLeft, newDataRight);

	wire [1:32] fOut;			
				
	feistel feistel(dataRight, subKey, fOut);			
				
	assign newDataLeft = dataRight;
	assign newDataRight = dataLeft ^ fOut;

endmodule

module feistel(	input [1:32] dataRight,
				input [1:48] subKey,
				output [1:32] fOut);
	
	wire [1:48] dataRightExp;
	wire [1:48] dataXorSubKey;
	wire [1:32] sOut;
	
	assign dataRightExp[1] = dataRight[32];
	assign dataRightExp[2] = dataRight[1];
	assign dataRightExp[3] = dataRight[2];
	assign dataRightExp[4] = dataRight[3];
	assign dataRightExp[5] = dataRight[4];
	assign dataRightExp[6] = dataRight[5];
	assign dataRightExp[7] = dataRight[4];
	assign dataRightExp[8] = dataRight[5];
	assign dataRightExp[9] = dataRight[6];
	assign dataRightExp[10] = dataRight[7];
	assign dataRightExp[11] = dataRight[8];
	assign dataRightExp[12] = dataRight[9];
	assign dataRightExp[13] = dataRight[8];
	assign dataRightExp[14] = dataRight[9];
	assign dataRightExp[15] = dataRight[10];
	assign dataRightExp[16] = dataRight[11];
	assign dataRightExp[17] = dataRight[12];
	assign dataRightExp[18] = dataRight[13];
	assign dataRightExp[19] = dataRight[12];
	assign dataRightExp[20] = dataRight[13];
	assign dataRightExp[21] = dataRight[14];
	assign dataRightExp[22] = dataRight[15];
	assign dataRightExp[23] = dataRight[16];
	assign dataRightExp[24] = dataRight[17];
	assign dataRightExp[25] = dataRight[16];
	assign dataRightExp[26] = dataRight[17];
	assign dataRightExp[27] = dataRight[18];
	assign dataRightExp[28] = dataRight[19];
	assign dataRightExp[29] = dataRight[20];
	assign dataRightExp[30] = dataRight[21];
	assign dataRightExp[31] = dataRight[20];
	assign dataRightExp[32] = dataRight[21];
	assign dataRightExp[33] = dataRight[22];
	assign dataRightExp[34] = dataRight[23];
	assign dataRightExp[35] = dataRight[24];
	assign dataRightExp[36] = dataRight[25];
	assign dataRightExp[37] = dataRight[24];
	assign dataRightExp[38] = dataRight[25];
	assign dataRightExp[39] = dataRight[26];
	assign dataRightExp[40] = dataRight[27];
	assign dataRightExp[41] = dataRight[28];
	assign dataRightExp[42] = dataRight[29];
	assign dataRightExp[43] = dataRight[28];
	assign dataRightExp[44] = dataRight[29];
	assign dataRightExp[45] = dataRight[30];
	assign dataRightExp[46] = dataRight[31];
	assign dataRightExp[47] = dataRight[32];
	assign dataRightExp[48] = dataRight[1];			
	
	assign dataXorSubKey = dataRightExp ^ subKey;
	
	sbox1 sbox1(dataXorSubKey[1:6], sOut[1:4]);
	sbox2 sbox2(dataXorSubKey[7:12], sOut[5:8]);
	sbox3 sbox3(dataXorSubKey[13:18], sOut[9:12]);
	sbox4 sbox4(dataXorSubKey[19:24], sOut[13:16]);
	sbox5 sbox5(dataXorSubKey[25:30], sOut[17:20]);
	sbox6 sbox6(dataXorSubKey[31:36], sOut[21:24]);
	sbox7 sbox7(dataXorSubKey[37:42], sOut[25:28]);
	sbox8 sbox8(dataXorSubKey[43:48], sOut[29:32]);
	
	assign fOut[1] = sOut[16];
	assign fOut[2] = sOut[7];
	assign fOut[3] = sOut[20];
	assign fOut[4] = sOut[21];
	assign fOut[5] = sOut[29];
	assign fOut[6] = sOut[12];
	assign fOut[7] = sOut[28];
	assign fOut[8] = sOut[17];
	assign fOut[9] = sOut[1];
	assign fOut[10] = sOut[15];
	assign fOut[11] = sOut[23];
	assign fOut[12] = sOut[26];
	assign fOut[13] = sOut[5];
	assign fOut[14] = sOut[18];
	assign fOut[15] = sOut[31];
	assign fOut[16] = sOut[10];
	assign fOut[17] = sOut[2];
	assign fOut[18] = sOut[8];
	assign fOut[19] = sOut[24];
	assign fOut[20] = sOut[14];
	assign fOut[21] = sOut[32];
	assign fOut[22] = sOut[27];
	assign fOut[23] = sOut[3];
	assign fOut[24] = sOut[9];
	assign fOut[25] = sOut[19];
	assign fOut[26] = sOut[13];
	assign fOut[27] = sOut[30];
	assign fOut[28] = sOut[6];
	assign fOut[29] = sOut[22];
	assign fOut[30] = sOut[11];
	assign fOut[31] = sOut[4];
	assign fOut[32] = sOut[25];
				
endmodule

module sbox1(	input [1:6] in1,
				output [1:4] out1);
	
	wire [0:255] sbox1 = {	4'd14, 4'd4, 4'd13, 4'd1, 4'd2, 4'd15, 4'd11, 4'd8, 4'd3, 4'd10, 4'd6, 4'd12, 4'd5, 4'd9, 4'd0, 4'd7,
							4'd0, 4'd15, 4'd7, 4'd4, 4'd14, 4'd2, 4'd13, 4'd1, 4'd10, 4'd6, 4'd12, 4'd11, 4'd9, 4'd5, 4'd3, 4'd8,
							4'd4, 4'd1, 4'd14, 4'd8, 4'd13, 4'd6, 4'd2, 4'd11, 4'd15, 4'd12, 4'd9, 4'd7, 4'd3, 4'd10, 4'd5, 4'd0,
							4'd15, 4'd12, 4'd8, 4'd2, 4'd4, 4'd9, 4'd1, 4'd7, 4'd5, 4'd11, 4'd3, 4'd14, 4'd10, 4'd0, 4'd6, 4'd13};
	
	wire [0:1] row;
	wire [0:3] column;
	
	assign row = {in1[1], in1[6]};
	assign column = in1[2:5];
	
	assign out1 = sbox1[column * 4 + row * 64 +: 4];
	
endmodule

module sbox2(	input [1:6] in2,
				output [1:4] out2);
				
	wire [0:255] sbox2 = {	4'd15, 4'd1, 4'd8, 4'd14, 4'd6, 4'd11, 4'd3, 4'd4, 4'd9, 4'd7, 4'd2, 4'd13, 4'd12, 4'd0, 4'd5, 4'd10,
							4'd3, 4'd13, 4'd4, 4'd7, 4'd15, 4'd2, 4'd8, 4'd14, 4'd12, 4'd0, 4'd1, 4'd10, 4'd6, 4'd9, 4'd11, 4'd5,
							4'd0, 4'd14, 4'd7, 4'd11, 4'd10, 4'd4, 4'd13, 4'd1, 4'd5, 4'd8, 4'd12, 4'd6, 4'd9, 4'd3, 4'd2, 4'd15,
							4'd13, 4'd8, 4'd10, 4'd1, 4'd3, 4'd15, 4'd4, 4'd2, 4'd11, 4'd6, 4'd7, 4'd12, 4'd0, 4'd5, 4'd14, 4'd9};
	
	wire [0:1] row;
	wire [0:3] column;
	
	assign row = {in2[1], in2[6]};
	assign column = in2[2:5];
	
	assign out2 = sbox2[column * 4 + row * 64 +: 4];
	
endmodule

module sbox3(	input [1:6] in3,
				output [1:4] out3);
				
	wire [0:255] sbox3 = {	4'd10, 4'd0, 4'd9, 4'd14, 4'd6, 4'd3, 4'd15, 4'd5, 4'd1, 4'd13, 4'd12, 4'd7, 4'd11, 4'd4, 4'd2, 4'd8,
							4'd13, 4'd7, 4'd0, 4'd9, 4'd3, 4'd4, 4'd6, 4'd10, 4'd2, 4'd8, 4'd5, 4'd14, 4'd12, 4'd11, 4'd15, 4'd1,
							4'd13, 4'd6, 4'd4, 4'd9, 4'd8, 4'd15, 4'd3, 4'd0, 4'd11, 4'd1, 4'd2, 4'd12, 4'd5, 4'd10, 4'd14, 4'd7,
							4'd1, 4'd10, 4'd13, 4'd0, 4'd6, 4'd9, 4'd8, 4'd7, 4'd4, 4'd15, 4'd14, 4'd3, 4'd11, 4'd5, 4'd2, 4'd12};
	
	wire [0:1] row;
	wire [0:3] column;
	
	assign row = {in3[1], in3[6]};
	assign column = in3[2:5];
	
	assign out3 = sbox3[column * 4 + row * 64 +: 4];
	
endmodule

module sbox4(	input [1:6] in4,
				output [1:4] out4);
				
	wire [0:255] sbox4 = {	4'd7, 4'd13, 4'd14, 4'd3, 4'd0, 4'd6, 4'd9, 4'd10, 4'd1, 4'd2, 4'd8, 4'd5, 4'd11, 4'd12, 4'd4, 4'd15,
							4'd13, 4'd8, 4'd11, 4'd5, 4'd6, 4'd15, 4'd0, 4'd3, 4'd4, 4'd7, 4'd2, 4'd12, 4'd1, 4'd10, 4'd14, 4'd9,
							4'd10, 4'd6, 4'd9, 4'd0, 4'd12, 4'd11, 4'd7, 4'd13, 4'd15, 4'd1, 4'd3, 4'd14, 4'd5, 4'd2, 4'd8, 4'd4,
							4'd3, 4'd15, 4'd0, 4'd6, 4'd10, 4'd1, 4'd13, 4'd8, 4'd9, 4'd4, 4'd5, 4'd11, 4'd12, 4'd7, 4'd2, 4'd14};
	
	wire [0:1] row;
	wire [0:3] column;
	
	assign row = {in4[1], in4[6]};
	assign column = in4[2:5];
	
	assign out4 = sbox4[column * 4 + row * 64 +: 4];
	
endmodule

module sbox5(	input [1:6] in5,
				output [1:4] out5);
				
	wire [0:255] sbox5 = {	4'd2, 4'd12, 4'd4, 4'd1, 4'd7, 4'd10, 4'd11, 4'd6, 4'd8, 4'd5, 4'd3, 4'd15, 4'd13, 4'd0, 4'd14, 4'd9,
							4'd14, 4'd11, 4'd2, 4'd12, 4'd4, 4'd7, 4'd13, 4'd1, 4'd5, 4'd0, 4'd15, 4'd10, 4'd3, 4'd9, 4'd8, 4'd6,
							4'd4, 4'd2, 4'd1, 4'd11, 4'd10, 4'd13, 4'd7, 4'd8, 4'd15, 4'd9, 4'd12, 4'd5, 4'd6, 4'd3, 4'd0, 4'd14,
							4'd11, 4'd8, 4'd12, 4'd7, 4'd1, 4'd14, 4'd2, 4'd13, 4'd6, 4'd15, 4'd0, 4'd9, 4'd10, 4'd4, 4'd5, 4'd3};
	
	wire [0:1] row;
	wire [0:3] column;
	
	assign row = {in5[1], in5[6]};
	assign column = in5[2:5];
	
	assign out5 = sbox5[column * 4 + row * 64 +: 4];
	
endmodule

module sbox6(	input [1:6] in6,
				output [1:4] out6);
				
	wire [0:255] sbox6 = {	4'd12, 4'd1, 4'd10, 4'd15, 4'd9, 4'd2, 4'd6, 4'd8, 4'd0, 4'd13, 4'd3, 4'd4, 4'd14, 4'd7, 4'd5, 4'd11,
							4'd10, 4'd15, 4'd4, 4'd2, 4'd7, 4'd12, 4'd9, 4'd5, 4'd6, 4'd1, 4'd13, 4'd14, 4'd0, 4'd11, 4'd3, 4'd8,
							4'd9, 4'd14, 4'd15, 4'd5, 4'd2, 4'd8, 4'd12, 4'd3, 4'd7, 4'd0, 4'd4, 4'd10, 4'd1, 4'd13, 4'd11, 4'd6,
							4'd4, 4'd3, 4'd2, 4'd12, 4'd9, 4'd5, 4'd15, 4'd10, 4'd11, 4'd14, 4'd1, 4'd7, 4'd6, 4'd0, 4'd8, 4'd13};
	
	wire [0:1] row;
	wire [0:3] column;
	
	assign row = {in6[1], in6[6]};
	assign column = in6[2:5];
	
	assign out6 = sbox6[column * 4 + row * 64 +: 4];
		
endmodule

module sbox7(	input [1:6] in7,
				output [1:4] out7);
				
	wire [0:255] sbox7 = {	4'd4, 4'd11, 4'd2, 4'd14, 4'd15, 4'd0, 4'd8, 4'd13, 4'd3, 4'd12, 4'd9, 4'd7, 4'd5, 4'd10, 4'd6, 4'd1,
							4'd13, 4'd0, 4'd11, 4'd7, 4'd4, 4'd9, 4'd1, 4'd10, 4'd14, 4'd3, 4'd5, 4'd12, 4'd2, 4'd15, 4'd8, 4'd6,
							4'd1, 4'd4, 4'd11, 4'd13, 4'd12, 4'd3, 4'd7, 4'd14, 4'd10, 4'd15, 4'd6, 4'd8, 4'd0, 4'd5, 4'd9, 4'd2,
							4'd6, 4'd11, 4'd13, 4'd8, 4'd1, 4'd4, 4'd10, 4'd7, 4'd9, 4'd5, 4'd0, 4'd15, 4'd14, 4'd2, 4'd3, 4'd12};
		
	wire [0:1] row;
	wire [0:3] column;
	
	assign row = {in7[1], in7[6]};
	assign column = in7[2:5];
	
	assign out7 = sbox7[column * 4 + row * 64 +: 4];
		
endmodule

module sbox8(	input [1:6] in8,
				output [1:4] out8);
				
	wire [0:255] sbox8 = {	4'd13, 4'd2, 4'd8, 4'd4, 4'd6, 4'd15, 4'd11, 4'd1, 4'd10, 4'd9, 4'd3, 4'd14, 4'd5, 4'd0, 4'd12, 4'd7,
							4'd1, 4'd15, 4'd13, 4'd8, 4'd10, 4'd3, 4'd7, 4'd4, 4'd12, 4'd5, 4'd6, 4'd11, 4'd0, 4'd14, 4'd9, 4'd2,
							4'd7, 4'd11, 4'd4, 4'd1, 4'd9, 4'd12, 4'd14, 4'd2, 4'd0, 4'd6, 4'd10, 4'd13, 4'd15, 4'd3, 4'd5, 4'd8,
							4'd2, 4'd1, 4'd14, 4'd7, 4'd4, 4'd10, 4'd8, 4'd13, 4'd15, 4'd12, 4'd9, 4'd0, 4'd3, 4'd5, 4'd6, 4'd11};
			
	wire [0:1] row;
	wire [0:3] column;
	
	assign row = {in8[1], in8[6]};
	assign column = in8[2:5];
	
	assign out8 = sbox8[column * 4 + row * 64 +: 4];
			
endmodule

module hex7seg(	input [0:3]			hex,
				output reg [6:0]	seg7);
				
	always @ (*)
		case(hex)
			4'h0:	seg7 <= 7'b1000000;
			4'h1:	seg7 <= 7'b1111001;
			4'h2:	seg7 <= 7'b0100100;
			4'h3:	seg7 <= 7'b0110000;
			4'h4:	seg7 <= 7'b0011001;
			4'h5:	seg7 <= 7'b0010010;
			4'h6:	seg7 <= 7'b0000010;
			4'h7:	seg7 <= 7'b1111000;
			4'h8:	seg7 <= 7'b0000000;
			4'h9:	seg7 <= 7'b0011000;
			4'ha:	seg7 <= 7'b0001000;
			4'hb:	seg7 <= 7'b0000011;
			4'hc:	seg7 <= 7'b0100111;
			4'hd:	seg7 <= 7'b0100001;
			4'he:	seg7 <= 7'b0000110;
			4'hf:	seg7 <= 7'b0001110;
		endcase
				
endmodule